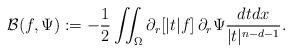
LaTeX: \begin{align*} \mathcal{B}(f, \Psi):=-\frac{1}{2}\iint_\Omega \partial_r[|t| f]\, \partial_r\Psi \frac{dtdx}{|t|^{n-d-1}}.\end{align*}